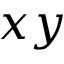
x y